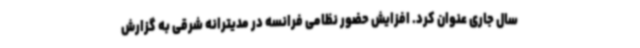
سال جاری عنوان کرد. افزایش حضور نظامی فرانسه در مدیترانه شرقی به گزارش